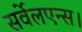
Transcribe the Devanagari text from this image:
सर्वेलएन्स।